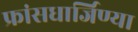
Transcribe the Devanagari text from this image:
फ्रांसधार्जिण्या